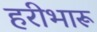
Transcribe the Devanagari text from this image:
हरीभारू